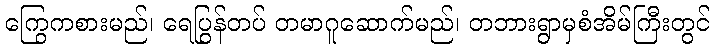
ကြွေကစားမည်၊ ရေပြွန်တပ် တမာဂူဆောက်မည်၊ တဘားရွာမှစံအိမ်ကြီးတွင်